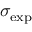
\sigma _ { \mathrm { e x p } }